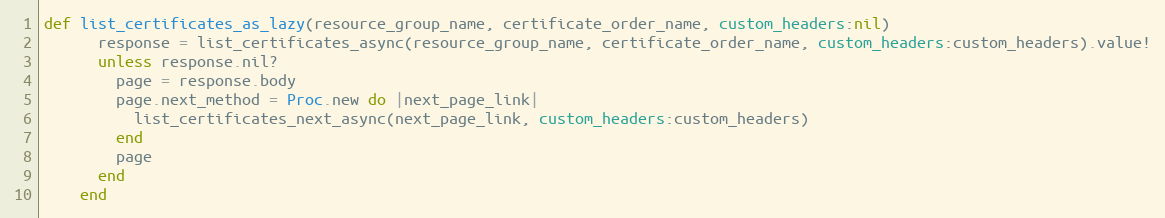
Language: Ruby
def list_certificates_as_lazy(resource_group_name, certificate_order_name, custom_headers:nil)
      response = list_certificates_async(resource_group_name, certificate_order_name, custom_headers:custom_headers).value!
      unless response.nil?
        page = response.body
        page.next_method = Proc.new do |next_page_link|
          list_certificates_next_async(next_page_link, custom_headers:custom_headers)
        end
        page
      end
    end